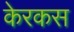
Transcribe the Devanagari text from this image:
केरकस